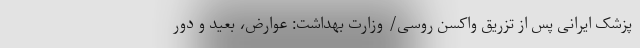
پزشک ایرانی پس از تزریق واکسن روسی/ وزارت بهداشت: عوارض، بعید و دور